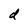
Character: d